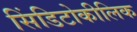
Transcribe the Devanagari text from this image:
सिंडिटोकीलिक